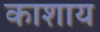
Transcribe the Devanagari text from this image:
काशाय